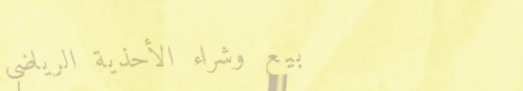
بيع وشراء الأحذية الرياضي